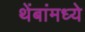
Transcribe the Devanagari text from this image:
थेंबांमध्ये